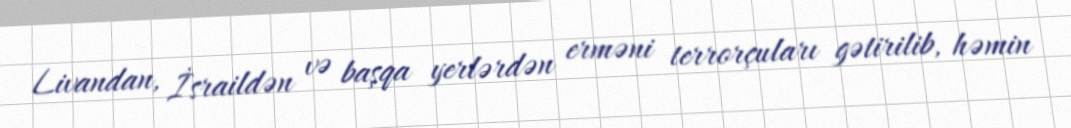
Livandan, İsraildən və başqa yerlərdən erməni terrorçuları gətirilib, həmin